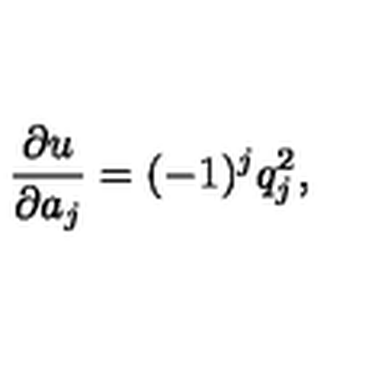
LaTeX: { \frac { \partial u } { \partial a _ { j } } } = ( - 1 ) ^ { j } q _ { j } ^ { 2 } ,